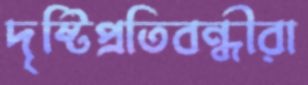
দৃষ্টিপ্রতিবন্ধীরা